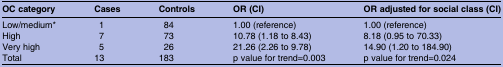
<table><thead><tr><td><b>OC category</b></td><td><b>Cases</b></td><td><b>Controls</b></td><td><b>OR (CI)</b></td><td><b>OR adjusted for social class (CI)</b></td></tr></thead><tbody><tr><td>Low/medium*</td><td>1</td><td>84</td><td>1.00 (reference)</td><td>1.00 (reference)</td></tr><tr><td>High</td><td>7</td><td>73</td><td>10.78 (1.18 to 8.43)</td><td>8.18 (0.95 to 70.33)</td></tr><tr><td>Very high</td><td>5</td><td>26</td><td>21.26 (2.26 to 9.78)</td><td>14.90 (1.20 to 184.90)</td></tr><tr><td>Total</td><td>13</td><td>183</td><td>p value for trend=0.003</td><td>p value for trend=0.024</td></tr></tbody></table>